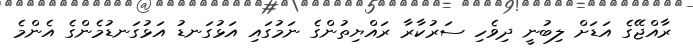
ރާއްޖޭގެ އަޑަށް ލިބުނީ ދިވެހި ސަރުކާރާ ރައްޔިތުންގެ ނަމުގައި އަޅުގަނޑު އަޅުގަނޑުމެންގެ އެންމެ